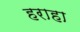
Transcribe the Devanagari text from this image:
हराहा